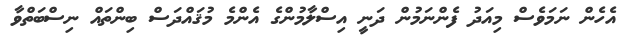
އެހެން ނަމަވެސް މިއަދު ފެންނަމުން ދަނީ އިސްލާމުންގެ އެންމެ މުޤައްދަސް ބިންތައް ނިސްބަތްވާ